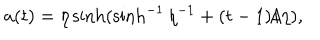
LaTeX: a ( t ) = \eta \sinh ( \sinh ^ { - 1 } \eta ^ { - 1 } + ( t - 1 ) / \eta ) ,